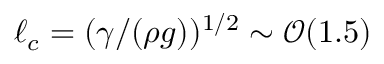
\ell _ { c } = ( \gamma / ( \rho g ) ) ^ { 1 / 2 } \sim \mathcal { O } ( 1 . 5 )